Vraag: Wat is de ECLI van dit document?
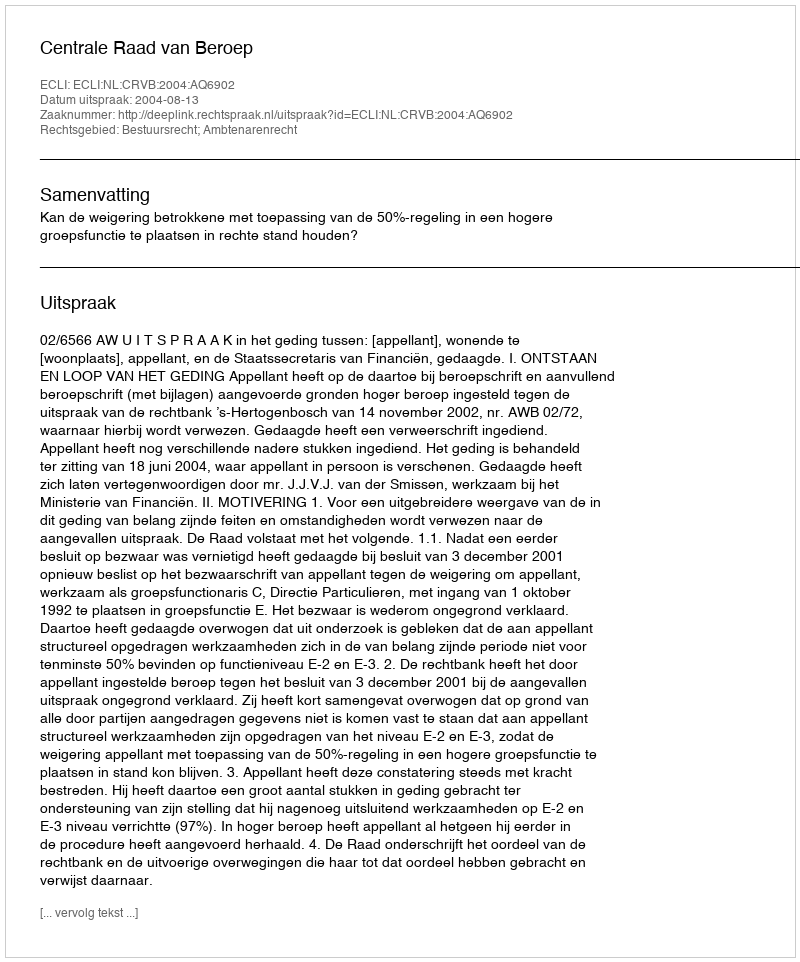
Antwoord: ECLI:NL:CRVB:2004:AQ6902